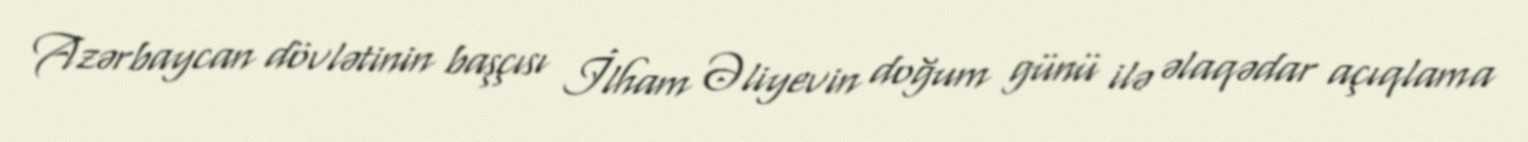
Azərbaycan dövlətinin başçısı İlham Əliyevin doğum günü ilə əlaqədar açıqlama